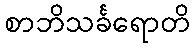
စာဘိသင်္ခရောတိ